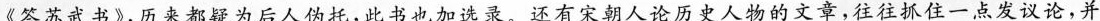
《答苏武书》，历来都疑为后人伪托，此书也加选录。还有宋朝人论历史人物的文章，往往抓住一点发议论，并